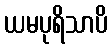
ယမပုရိသာပိ